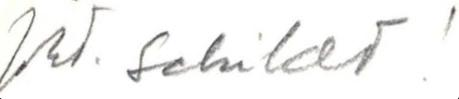
joht. Schildt!